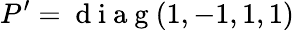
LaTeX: P^{\prime}=\mathrm{~d~i~a~g~}(1,-1,1,1)